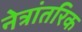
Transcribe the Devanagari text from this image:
नेत्रांतरिक